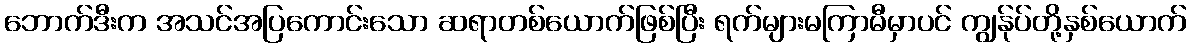
ဘောက်ဒီးက အသင်အပြကောင်းသော ဆရာတစ်ယောက်ဖြစ်ပြီး ရက်များမကြာမီမှာပင် ကျွန်ုပ်တို့နှစ်ယောက်